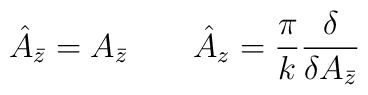
\hat{A}_{\bar{z}}=A_{\bar{z}}\qquad \hat{A}_z=\frac{\pi}{k}\frac{\delta}{\delta A_{\bar{z}}}